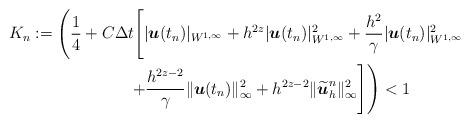
LaTeX: \begin{align*} K_n&:= \left(\frac14+C\Delta t\Bigg[ |\boldsymbol{u}(t_n)|_{W^{1,\infty}} + h^{2z} |\boldsymbol{u}(t_n)|_{W^{1,\infty}}^2 + \frac{h^2}{\gamma} | \boldsymbol{u}(t_n)|^2_{W^{1,\infty}} \right.\\&\qquad\qquad\qquad\left. + \frac{h^{2z-2}}{\gamma}\|\boldsymbol{u}(t_n)\|_{\infty}^2 + h^{2z-2}\|\widetilde{\boldsymbol{u}}_h^n\|_{\infty}^2 \Bigg]\right)<1 \end{align*}